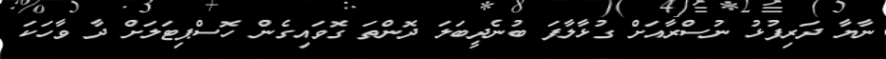
ނާޔާ ދަރިފުޅު ނުސްރާއަށް ގުޅާލާފަ ބުނެދީބަލަ ދޮންތަ ގޮވައިގެން ހޮސްޕިޓަލަށް ދާ ވާހަކަ